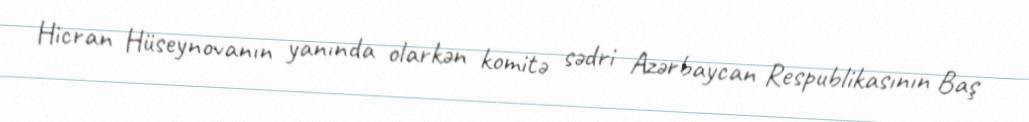
Hicran Hüseynovanın yanında olarkən komitə sədri Azərbaycan Respublikasının Baş